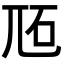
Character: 𡯝